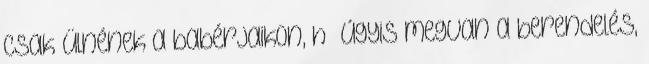
csak ülnének a babérjaikon, h “úgyis megvan a berendelés,